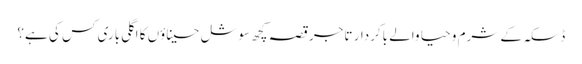
ڈسکہ کے شرم و حیا والے باکردار تاجر	قصہ کچھ سوشل حسیناؤں کا	اگلی باری کس کی ہے؟